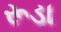
રૂડા